Lunatic asylums in Bengal annual reports 1888-1898 - 1888-1898
Year: 1888
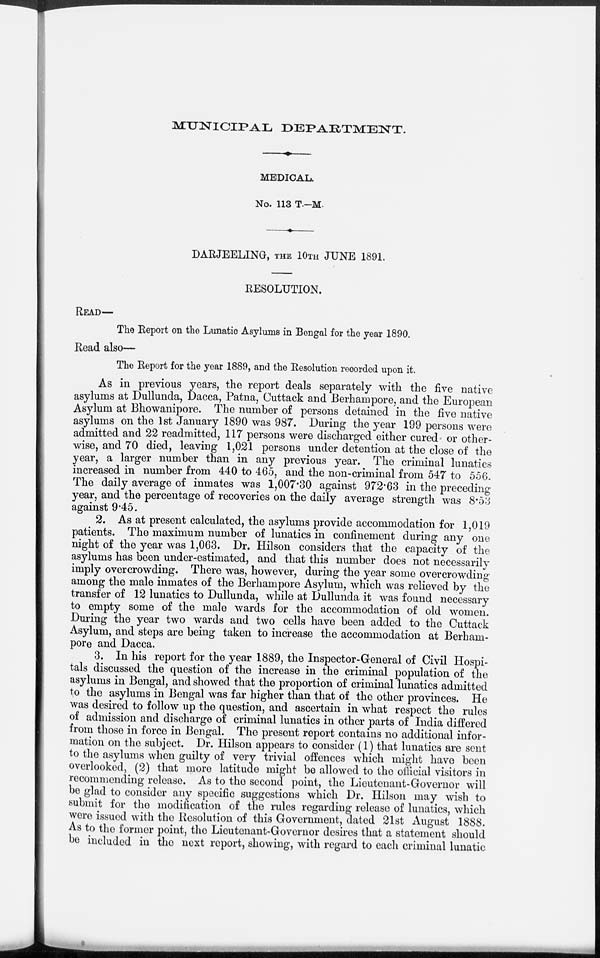
MUNICIPAL DEPARTMENT.
MEDICAL.
No. 113 T.—M.
DARJEELING, THE 10TH JUNE 1891.
RESOLUTION.
READ—
The Report on the Lunatic Asylums in Bengal for the year 1890.
Read also—
The Report for the year 1889, and the Resolution recorded upon it.
As in previous years, the report deals separately with the five native
asylums at Dullunda, Dacca, Patna, Cuttack and Berhampore, and the European
Asylum at Bhowanipore. The number of persons detained in the five native
asylums on the 1st January 1890 was 987. During the year 199 persons were
admitted and 22 readmitted, 117 persons were discharged either cured or other-
wise, and 70 died, leaving 1,021 persons under detention at the close of the
year, a larger number than in any previous year. The criminal lunatics
increased in number from 440 to 465, and the non-criminal from 547 to 556.
The daily average of inmates was 1,007.30 against 972.63 in the preceding
year, and the percentage of recoveries on the daily average strength was 8.53
against 9.45.
2. As at present calculated, the asylums provide accommodation for 1,019
patients. The maximum number of lunatics in confinement during any one
night of the year was 1,063. Dr. Hilson considers that the capacity of the
asylums has been under-estimated, and that this number does not necessarily
imply overcrowding. There was, however, during the year some overcrowding
among the male inmates of the Berhampore Asylum, which was relieved by the
transfer of 12 lunatics to Dullunda, while at Dullunda it was found necessary
to empty some of the male wards for the accommodation of old women.
During the year two wards and two cells have been added to the Cuttack
Asylum, and steps are being taken to increase the accommodation at Berham-
pore and Dacca.
3. In his report for the year 1889, the Inspector-General of Civil Hospi-
tals discussed the question of the increase in the criminal population of the
asylums in Bengal, and showed that the proportion of criminal lunatics admitted
to the asylums in Bengal was far higher than that of the other provinces. He
was desired to follow up the question, and ascertain in what respect the rules
of admission and discharge of criminal lunatics in other parts of India differed
from those in force in Bengal. The present report contains no additional infor-
mation on the subject. Dr. Hilson appears to consider (1) that lunatics are sent
to the asylums when guilty of very trivial offences which might have been
overlooked, (2) that more latitude might be allowed to the official visitors in
recommending release. As to the second point, the Lieutenant-Governor will
be glad to consider any specific suggestions which Dr. Hilson may wish to
submit for the modification of the rules regarding release of lunatics, which
were issued with the Resolution of this Government, dated 21st August 1888.
As to the former point, the Lieutenant-Governor desires that a statement should
be included in the next report, showing, with regard to each criminal lunatic